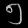
Digit: ၅